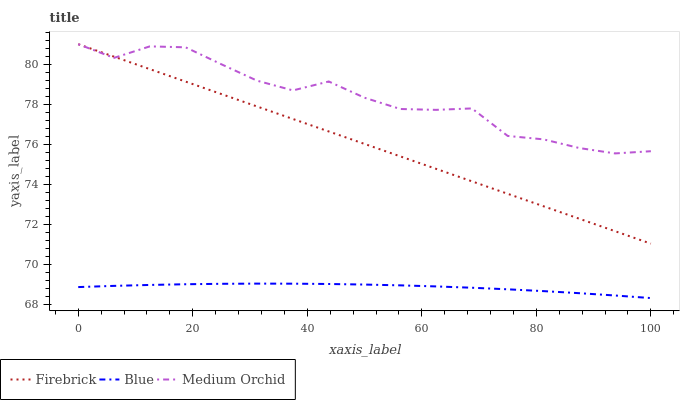
| xaxis_label | Firebrick | Blue | Medium Orchid |
 | --- | --- | --- | --- |
 | 0 | 81 | 68.9 | 81 |
 | 6.25 | 80.4 | 68.9 | 80.3 |
 | 12.5 | 79.8 | 69 | 80.9 |
 | 18.8 | 79.1 | 69 | 80.8 |
 | 25 | 78.5 | 69 | 80 |
 | 31.2 | 77.9 | 69 | 79.2 |
 | 37.5 | 77.3 | 69 | 78.7 |
 | 43.8 | 76.6 | 69 | 79.1 |
 | 50 | 76 | 69 | 78.3 |
 | 56.2 | 75.4 | 69 | 77.8 |
 | 62.5 | 74.8 | 68.9 | 77.7 |
 | 68.8 | 74.2 | 68.8 | 77.8 |
 | 75 | 73.5 | 68.8 | 76.4 |
 | 81.2 | 72.9 | 68.7 | 76.2 |
 | 87.5 | 72.3 | 68.6 | 75.8 |
 | 93.8 | 71.7 | 68.5 | 75.5 |
 | 100 | 71 | 68.3 | 75.7 |